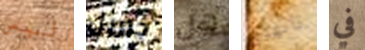
ليس جبريل هل تائهون في